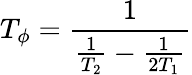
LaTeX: T_{\phi}=\frac{1}{\frac{1}{T_{2}}-\frac{1}{2T_{1}}}